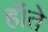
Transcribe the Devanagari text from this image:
हॉते